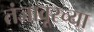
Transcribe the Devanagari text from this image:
तंजावूरच्या